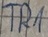
Text: TR1